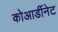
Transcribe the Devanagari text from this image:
कोआर्डीनेट